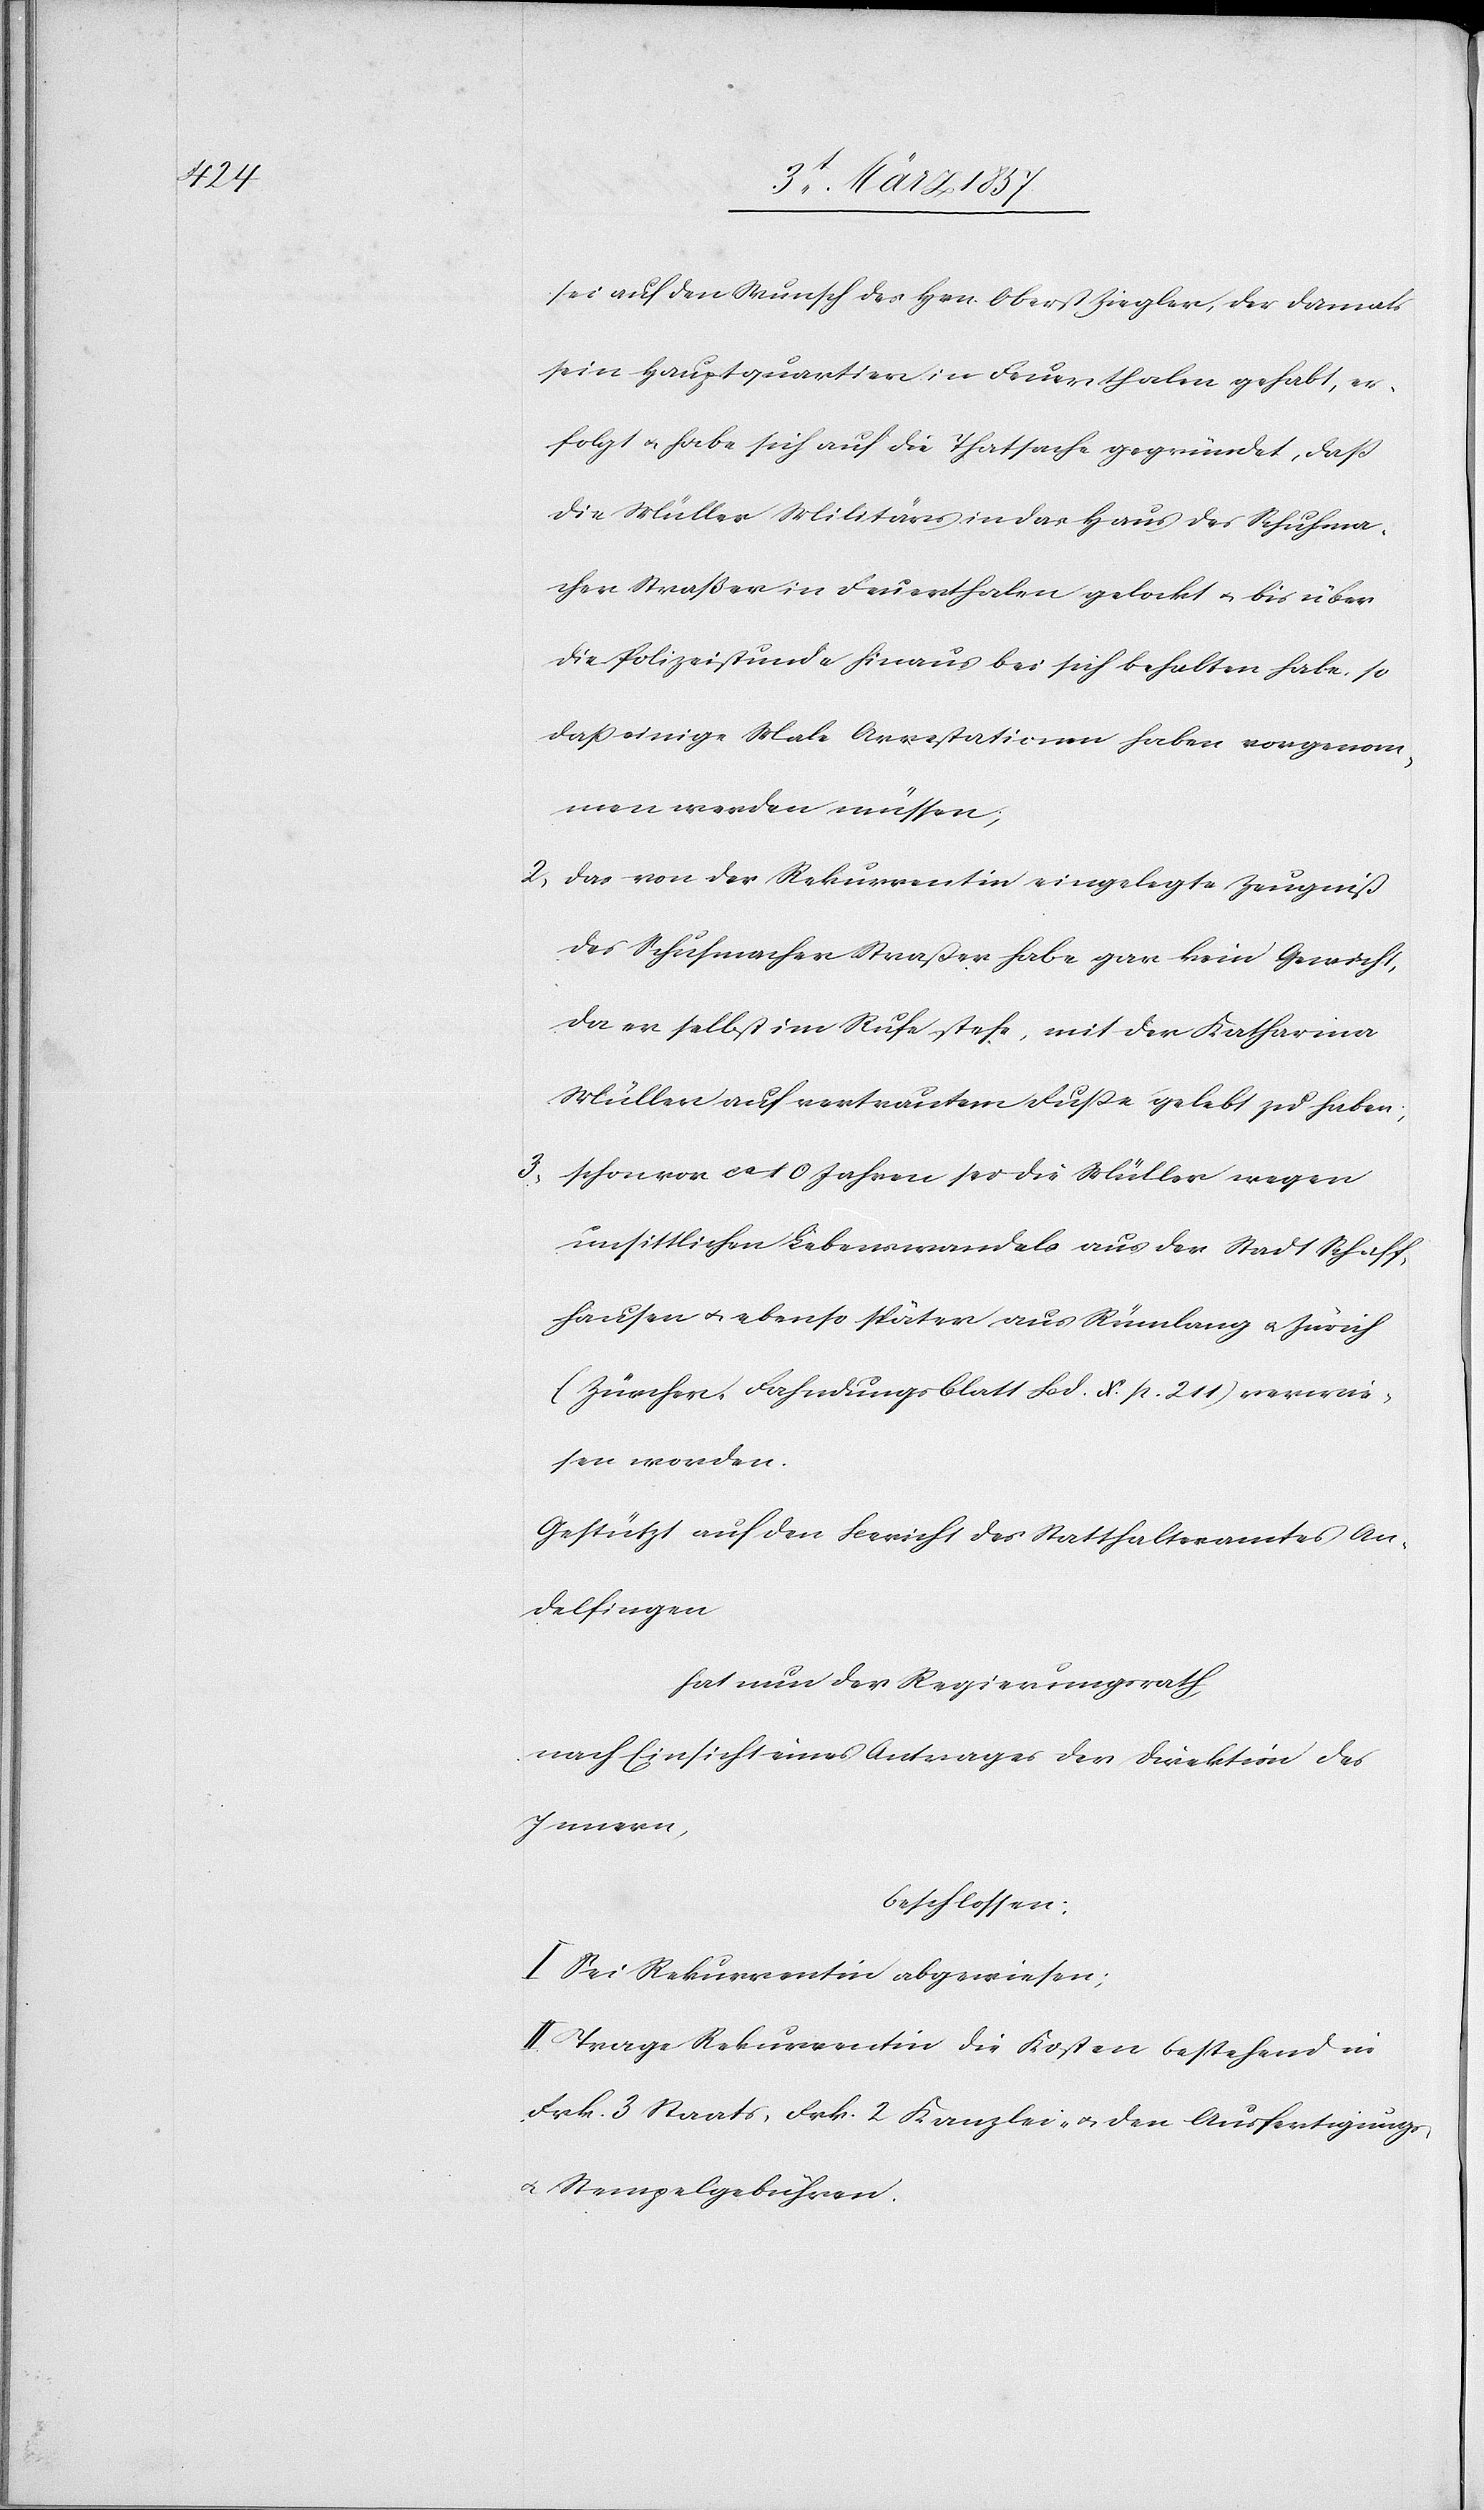
sei auf den Wunsch des Hrn. Oberst Ziegler, der damals
sein Hauptquartier in Feuerthalen gehabt, er¬
folgt u. habe sich auf die Thatsache gegründet, das
die Müller Militärs in das Haus des Schuhma¬
cher Straße in Feuerthalen gelockt u. bis über
die Polizeistunde hinaus bei sich behalten habe, so
daß einige Male Arrestationen haben vorgenom¬
men werden müssen;
2. das von der Rekurrentin eingelegte Zeugniß
des Schuhmacher Straße habe gar kein Gewicht,
da er selbst im Rufe stehe, mit der Katharina
Müller auf vertrautem Fuße gelebt zu haben,
3. schon vor ca 10 Jahren sei die Müller wegen
unsittlichen Lebenswandels aus der Stadt Schaff¬
hausen u. ebenso später aus Rümlang u. Zürich
(Zürcher. Fahndungsblatt Bd. X. p. 211) verwie¬
sen worden.
Gestützt auf den Bericht des Statthalteramtes An¬
delfingen
hat nun der Regierungsrath,
nach Einsicht eines Antrages der Direktion des
Innern,
beschlossen:
I. Sei Rekurrentin abgewiesen;
II. Tage Rekurrentin die Kosten bestehend in
Frk. 3 Staats[-], Frk. 2 Kanzlei- u. den Ausfertigungs-
u. Stempelgebühren.